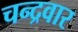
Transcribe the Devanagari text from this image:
चन्द्रवार